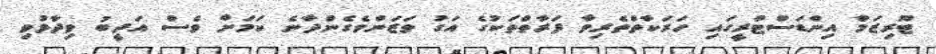
ޓޫރިޒަމް އިންޑަސްޓްރީގައި ހަރަކާތްތެރިވާ ފަރާތްތަކުގެ އަގު ވަޒަންވެގެންދާނެ ކަމަށް ވެސް އަދީބު ވިދާޅުވި